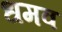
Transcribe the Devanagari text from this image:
धमव